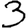
Digit: 3